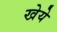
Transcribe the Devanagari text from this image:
खेये